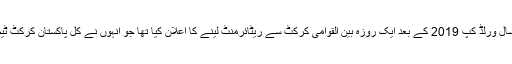
یاد رہے کہ شعیب ملک نے گزشتہ سال ورلڈ کپ 2019 کے بعد ایک روزہ بین القوامی کرکٹ سے ریٹائرمنٹ لینے کا اعلان کیا تھا جو انہوں نے کل پاکستان کرکٹ ٹیم کے آخری میچ کے بعد پورا کردیا۔